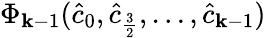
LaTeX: \Phi_{\mathbf{k}-1}(\hat{{c}}_{0},\hat{{c}}_{\frac{{3}}{{2}}},\ldots,\hat{{c}}_{\mathbf{k}-1})